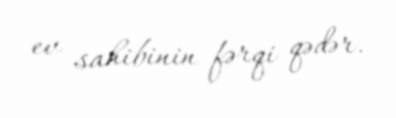
ev sahibinin fərqi qədər.